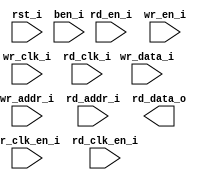
/*******************************************************************************
    Verilog netlist generated by IPGEN Radiant Software (64-bit) 2.0.1.281.2
    Soft IP Version: 1.1.0
    Sun May 17 11:48:24 2020
*******************************************************************************/
/*******************************************************************************
    Wrapper Module generated per user settings.
*******************************************************************************/
module sprite_ram (wr_clk_i, rd_clk_i, rst_i, wr_clk_en_i, rd_en_i,
    rd_clk_en_i, wr_en_i, ben_i, wr_data_i, wr_addr_i, rd_addr_i, rd_data_o)/* synthesis syn_black_box syn_declare_black_box=1 */;
    input  wr_clk_i;
    input  rd_clk_i;
    input  rst_i;
    input  wr_clk_en_i;
    input  rd_en_i;
    input  rd_clk_en_i;
    input  wr_en_i;
    input  [4:0]  ben_i;
    input  [39:0]  wr_data_i;
    input  [4:0]  wr_addr_i;
    input  [4:0]  rd_addr_i;
    output  [39:0]  rd_data_o;
endmodule